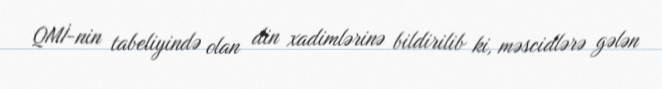
QMİ-nin tabeliyində olan din xadimlərinə bildirilib ki, məscidlərə gələn